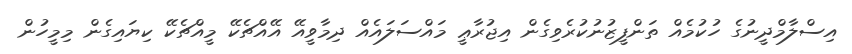
އިސްލާމްދީނުގެ ހުކުމެއް ތަންފީޒުނުކުރެވިގެން އިޖުރާޢީ މައްސަލައެއް ދިމާވީއޭ އޭއްޗެކޭ މީއްޗެކޭ ކިޔައިގެން މިމީހުން